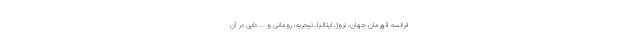
فرانسه قهرمان جهان، نروژ، ایتالیا، نیجریه، رومانی و ... دایی در آن